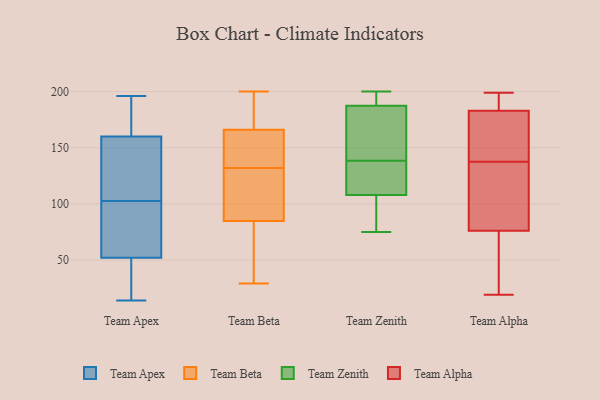
{"axis": {"x": "Active Users", "y": "Value"}, "legend": ["Team Alpha", "Team Apex", "Team Beta", "Team Zenith"], "data": [{"x": "", "y": 104, "type": "Team Apex"}, {"x": "", "y": 101, "type": "Team Apex"}, {"x": "", "y": 158, "type": "Team Apex"}, {"x": "", "y": 62, "type": "Team Apex"}, {"x": "", "y": 182, "type": "Team Apex"}, {"x": "", "y": 52, "type": "Team Apex"}, {"x": "", "y": 160, "type": "Team Apex"}, {"x": "", "y": 40, "type": "Team Apex"}, {"x": "", "y": 190, "type": "Team Apex"}, {"x": "", "y": 196, "type": "Team Apex"}, {"x": "", "y": 123, "type": "Team Apex"}, {"x": "", "y": 77, "type": "Team Apex"}, {"x": "", "y": 49, "type": "Team Apex"}, {"x": "", "y": 14, "type": "Team Apex"}, {"x": "", "y": 175, "type": "Team Beta"}, {"x": "", "y": 57, "type": "Team Beta"}, {"x": "", "y": 47, "type": "Team Beta"}, {"x": "", "y": 132, "type": "Team Beta"}, {"x": "", "y": 123, "type": "Team Beta"}, {"x": "", "y": 163, "type": "Team Beta"}, {"x": "", "y": 177, "type": "Team Beta"}, {"x": "", "y": 96, "type": "Team Beta"}, {"x": "", "y": 150, "type": "Team Beta"}, {"x": "", "y": 154, "type": "Team Beta"}, {"x": "", "y": 200, "type": "Team Beta"}, {"x": "", "y": 94, "type": "Team Beta"}, {"x": "", "y": 29, "type": "Team Beta"}, {"x": "", "y": 106, "type": "Team Zenith"}, {"x": "", "y": 88, "type": "Team Zenith"}, {"x": "", "y": 110, "type": "Team Zenith"}, {"x": "", "y": 75, "type": "Team Zenith"}, {"x": "", "y": 195, "type": "Team Zenith"}, {"x": "", "y": 169, "type": "Team Zenith"}, {"x": "", "y": 199, "type": "Team Zenith"}, {"x": "", "y": 196, "type": "Team Zenith"}, {"x": "", "y": 137, "type": "Team Zenith"}, {"x": "", "y": 200, "type": "Team Zenith"}, {"x": "", "y": 127, "type": "Team Zenith"}, {"x": "", "y": 139, "type": "Team Zenith"}, {"x": "", "y": 180, "type": "Team Zenith"}, {"x": "", "y": 85, "type": "Team Zenith"}, {"x": "", "y": 138, "type": "Team Zenith"}, {"x": "", "y": 175, "type": "Team Zenith"}, {"x": "", "y": 76, "type": "Team Alpha"}, {"x": "", "y": 154, "type": "Team Alpha"}, {"x": "", "y": 101, "type": "Team Alpha"}, {"x": "", "y": 166, "type": "Team Alpha"}, {"x": "", "y": 163, "type": "Team Alpha"}, {"x": "", "y": 74, "type": "Team Alpha"}, {"x": "", "y": 175, "type": "Team Alpha"}, {"x": "", "y": 119, "type": "Team Alpha"}, {"x": "", "y": 44, "type": "Team Alpha"}, {"x": "", "y": 19, "type": "Team Alpha"}, {"x": "", "y": 199, "type": "Team Alpha"}, {"x": "", "y": 183, "type": "Team Alpha"}, {"x": "", "y": 121, "type": "Team Alpha"}, {"x": "", "y": 196, "type": "Team Alpha"}, {"x": "", "y": 194, "type": "Team Alpha"}, {"x": "", "y": 183, "type": "Team Alpha"}, {"x": "", "y": 58, "type": "Team Alpha"}, {"x": "", "y": 98, "type": "Team Alpha"}]}